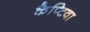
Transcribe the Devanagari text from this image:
कैप्टिवा